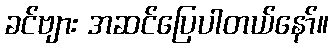
ခင်ဗျား အဆင်ပြေပါတယ်နော်။